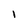
Character: I